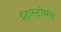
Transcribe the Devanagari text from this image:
इंट्रास्ट्रोमल